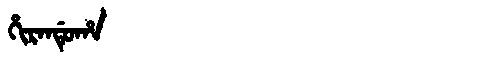
Manchu: ᡥᡳᡵᠠᠨᡩᡠᡥᠠ
Romanization: HIRANDUHA